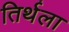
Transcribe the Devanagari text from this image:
तिर्थला